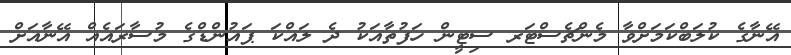
އޭނާގެ ކުލަބްކަމަށްވާ މެންޗެސްޓަރ ސިޓީން ހަފުތާއަކު ދެ ލައްކަ ޕައުންޑްގެ މުސާރައެއް އޭނާއަށް